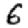
Digit: 6